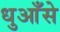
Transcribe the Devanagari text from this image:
धुआँसे